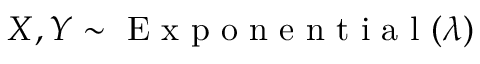
X , Y \sim { \textrm { E x p o n e n t i a l } } ( \lambda )